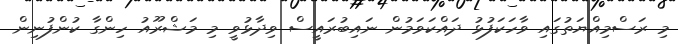
މި ރަސްމިއްޔަތުގައި ވާހަކަފުޅު ދައްކަވަމުން ނައިބުރައީސް ވިދާޅުވީ މި މަޝްރޫއު ހިންގާ ކުންފުނިން